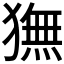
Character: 𬍇